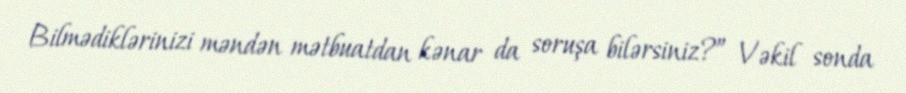
Bilmədiklərinizi məndən mətbuatdan kənar da soruşa bilərsiniz?” Vəkil sonda